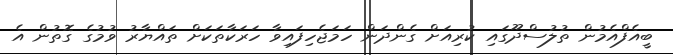
ބީއެފްއެމުން ތުލުސްދޫގައި ކުރިއަށް ގެންދަން ހަމަޖެހިފައިވާ ހަރަކާތަކަށް ތައްޔާރު ވުމުގެ ގޮތުން އެ